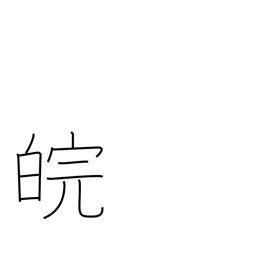
Meaning: Venus